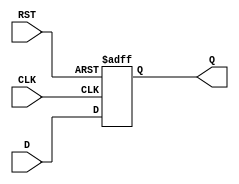
module InputRegister (
    input wire D,         // Data input
    input wire CLK,       // Clock signal
    input wire RST,       // Asynchronous reset
    output reg Q          // Data output
);

// Always block triggered on the rising edge of CLK or asynchronously on RST
always @(posedge CLK or posedge RST) begin
    if (RST) begin
        Q <= 1'b0;        // Clear the output Q to 0 on reset
    end else begin
        Q <= D;           // Capture the input D on the rising edge of CLK
    end
end

endmodule